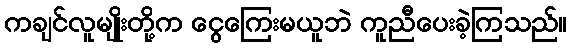
ကချင်လူမျိုးတို့က ငွေကြေးမယူဘဲ ကူညီပေးခဲ့ကြသည်။